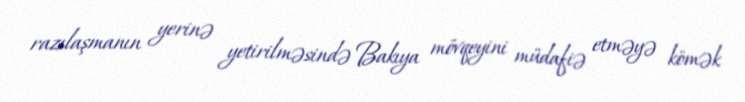
razılaşmanın yerinə yetirilməsində Bakıya mövqeyini müdafiə etməyə kömək